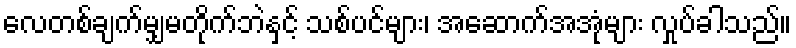
လေတစ်ချက်မျှမတိုက်ဘဲနှင့် သစ်ပင်များ၊ အဆောက်အအုံများ လှုပ်ခါသည်။